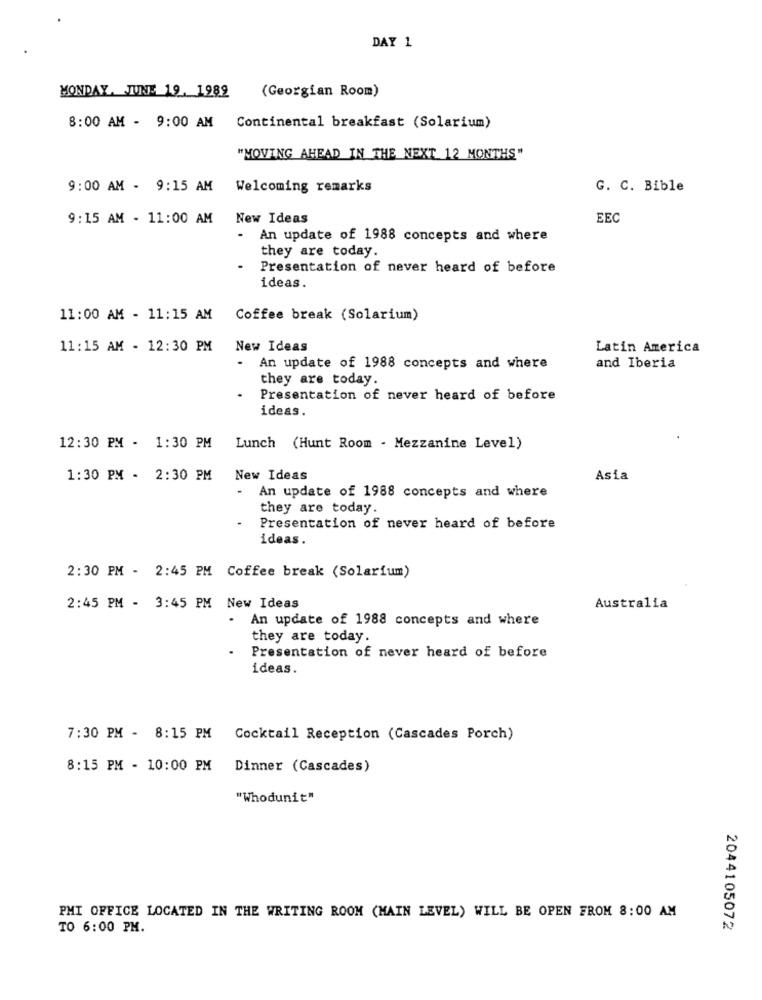
DAY 1
MONDAY, JUNE 19. 1989
(Georgian Room)
8:00 AM - 9:00 AM Continental breakfast (Solarium)
"MOVING AHEAD IN THE NEXT 12 MONTHS"
9:00 AM - 9:15 AM Welcoming remarks
G. C. Bible
9:15 AM - 11:00 AM New Ideas
EEC
An update of 1988 concepts and where
they are today.
Presentation of never heard of before
ideas.
11:00 AM - 11:15 AM
Coffee break (Solarium)
11:15 AM - 12:30 PM
New Ideas
Latin America
An update of 1988 concepts and where
and Iberia
they are today.
Presentation of never heard of before
ideas.
12:30 PM - 1:30 PM Lunch (Hunt Room - Mezzanine Level)
1:30 PM - 2:30 PM
New Ideas
Asia
.
An update of 1988 concepts and where
they are today.
Presentation of never heard of before
ideas.
2:30 PM - 2:45 PM Coffee break (Solarium)
2:45 PM - 3:45 PM New Ideas
Australia
.
An update of 1988 concepts and where
they are today.
Presentation of never heard of before
ideas.
7:30 PM - 8:15 PM Cocktail Reception (Cascades Porch)
8:15 PM - 10:00 PM
Dinner (Cascades)
"Whodunit"
PMI OFFICE LOCATED IN THE WRITING ROOM (MAIN LEVEL) WILL BE OPEN FROM 8:00 AM
TO 6:00 PM.
2044105072